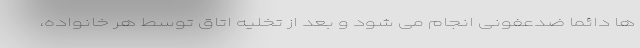
ها دائما ضدعفونی انجام می شود و بعد از تخلیه اتاق توسط هر خانواده،